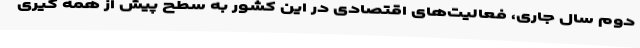
دوم سال جاری، فعالیت‌های اقتصادی در این کشور به سطح پیش از همه گیری